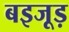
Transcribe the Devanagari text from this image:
बइजूड़